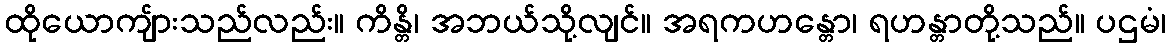
ထိုယောကျ်ားသည်လည်း။ ကိန္တိ၊ အဘယ်သို့လျင်။ အရကဟန္တော၊ ရဟန္တာတို့သည်။ ပဌမံ၊